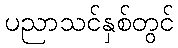
ပညာသင်နှစ်တွင်